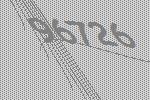
96726